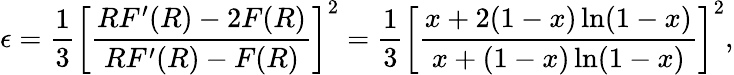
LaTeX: \epsilon=\frac{1}{3}\left[\frac{RF^{\prime}(R)-2F(R)}{RF^{\prime}(R)-F(R)}\right]^{2}=\frac{1}{3}\left[\frac{x+2(1-x)\ln(1-x)}{x+(1-x)\ln(1-x)}\right]^{2},